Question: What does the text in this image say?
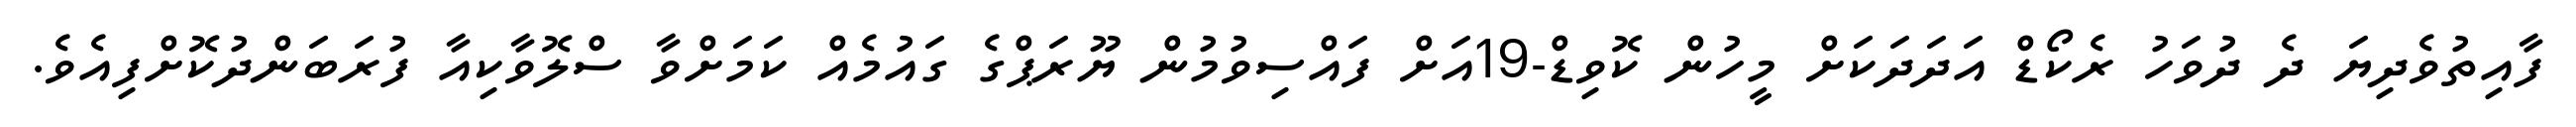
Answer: ފާއިތުވެދިޔަ ދެ ދުވަހު ރެކޯޑް އަދަދަކަށް މީހުން ކޮވިޑް-19އަށް ފައްސިވުމުން ޔޫރަޕްގެ ގައުމެއް ކަމަށްވާ ސްލޮވާކިއާ ފުރަބަންދުކޮށްފިއެވެ.